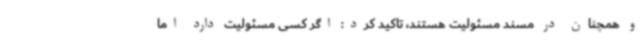
و همچنان در مسند مسئولیت هستند، تاکید کرد: اگر کسی مسئولیت دارد اما